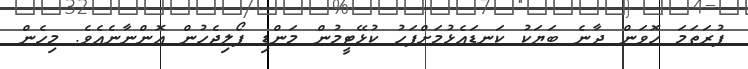
ފުރަތަމަ ހޮވަން ދާނެ ބަޔަކު ކަނޑައެޅުމަށްފަހު ކުޅޭޓީމުން މަންޑި ފޯލިޖެހުން އޮންނާނެއެވެ. މިހެން